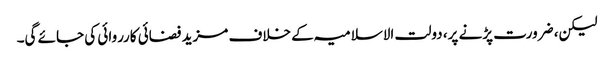
لیکن، ضرورت پڑنے پر، دولت الاسلامیہ کے خلاف مزید فضائی کارروائی کی جائے گی۔